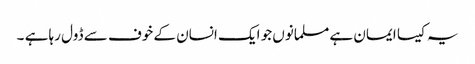
یہ کیسا ایمان ہے مسلمانوں جو ایک انسان کے خوف سے ڈول رہا ہے ۔